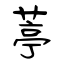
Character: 葶